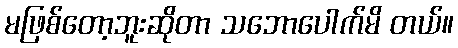
မဖြစ်တော့ဘူးဆိုတာ သဘောပေါက်မိ တယ်။